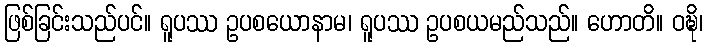
ဖြစ်ခြင်းသည်ပင်။ ရူပဿ ဥပစယောနာမ၊ ရူပဿ ဥပစယမည်သည်။ ဟောတိ။ ဝဍ္ဎိ၊